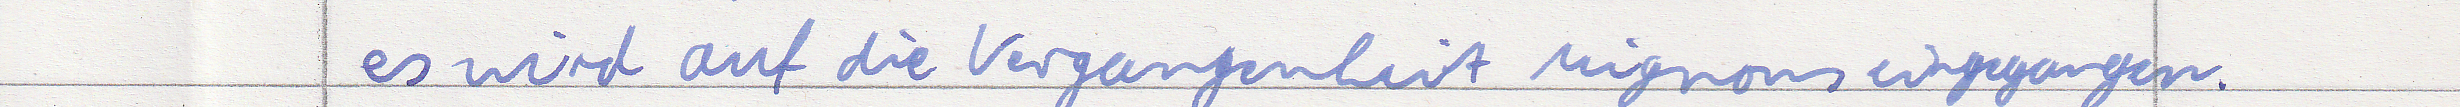
es wird auf die Vergangenheit Mignons eingegangen.